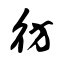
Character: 彷